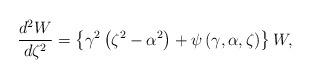
LaTeX: \begin{align*}\frac{d^{2}W}{d\zeta^{2}}=\left\{ {\gamma^{2}\left( {\zeta^{2}-\alpha^{2}}\right) +\psi\left( {\gamma,\alpha,\zeta}\right) }\right\} W,\end{align*}